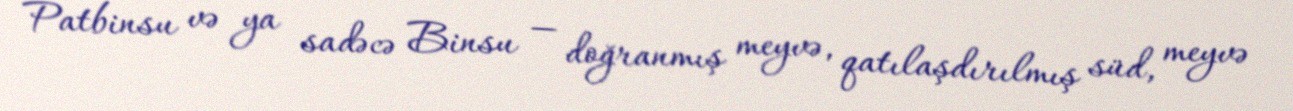
Patbinsu və ya sadəcə Binsu — doğranmış meyvə, qatılaşdırılmış süd, meyvə